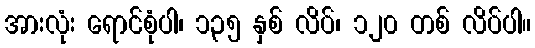
အားလုံး ရောင်စုံပါ၊ ၁၃၅ နှစ် လိပ်၊ ၁၂၀ တစ် လိပ်ပါ။